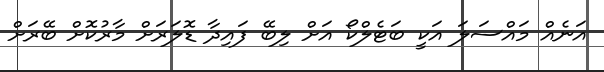
އަނެއް މައްސަލަ އަކީ ބަޓެލްކޯ އަށް ލިބޭ ފައިދާ ޑޮލަރަށް މާރުކޮށް ބޭރަށް